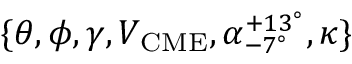
\{ \theta , \phi , \gamma , V _ { \mathrm { C M E } } , \alpha _ { - 7 ^ { \circ } } ^ { + 1 3 ^ { \circ } } , \kappa \}